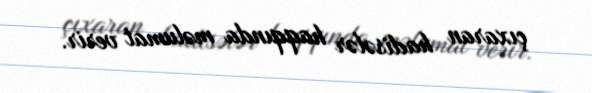
çıxaran hadisələr haqqında məlumat verir.